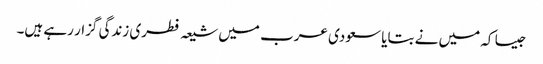
جیسا کہ میں نے بتایا سعودی عرب میں شیعہ فطری زندگی گزار رہے ہیں۔